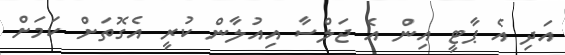
އަދި އެ ޕާޓީ އިން އެ ޖަލްސާ އިއުލާން ކުރީ އެގޮތަށް ކަމަށް